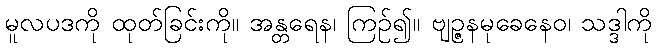
မူလပဒကို ထုတ်ခြင်းကို။ အန္တရေန၊ ကြဉ်၍။ ဗျဉ္ဇနမုခေနေဝ၊ သဒ္ဒါကို